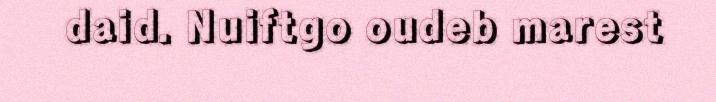
daid. Nuiftgo oudeb marest